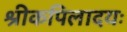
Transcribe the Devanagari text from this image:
श्रीकपिलादयः